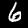
Digit: 6